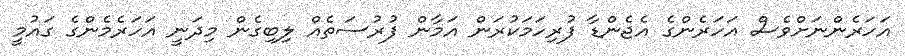
އަހަރެންނަށްވެސް އަހަރެންގެ އެޖެންޑާ ފުރިހަމަކުރަން އަމާން ފުރުސަތެއް ލިބިގެން މިދަނީ އަހަރެމެންގެ ގައުމީ